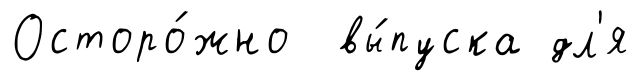
Осторо́жно вы́пуска дл'я